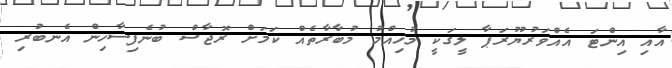
އާއި އިންޓަ އެއްވަރުޔޫރަޕާ ލީގަކީ މުހިއްމު މުބާރާތެއް ކަމަަށް ރޮޖާސް ބުނެފިސާހިން އެނބުރި